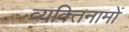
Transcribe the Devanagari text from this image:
व्यक्‍तिनामों